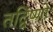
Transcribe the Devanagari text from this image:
तद्विष्णो